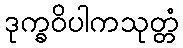
ဒုက္ခဝိပါကသုတ္တံ